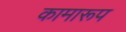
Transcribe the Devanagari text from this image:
कामारूप